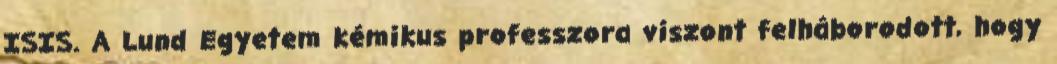
ISIS. A Lund Egyetem kémikus professzora viszont felháborodott, hogy